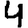
Digit: 4